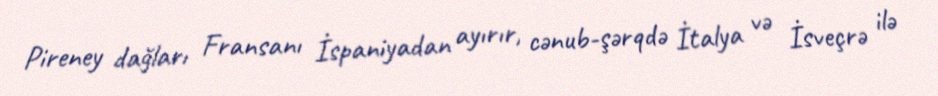
Pireney dağları Fransanı İspaniyadan ayırır, cənub-şərqdə İtalya və İsveçrə ilə